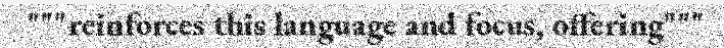
"""reinforces this language and focus, offering"""